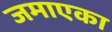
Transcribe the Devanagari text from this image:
जमाएका